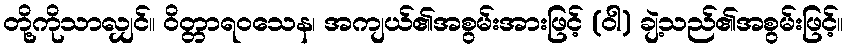
တို့ကိုသာလျှင်။ ဝိတ္တာရဝသေန၊ အကျယ်၏အစွမ်းအားဖြင့် (ဝါ) ချဲ့သည်၏အစွမ်းဖြင့်။